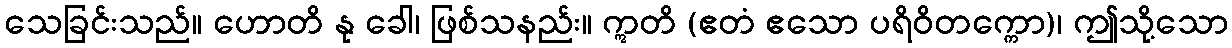
သေခြင်းသည်။ ဟောတိ နု ခေါ၊ ဖြစ်သနည်း။ ဣတိ (ဧတံ ဧသော ပရိဝိတက္ကော)၊ ဤသို့သော